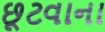
છૂટવાના